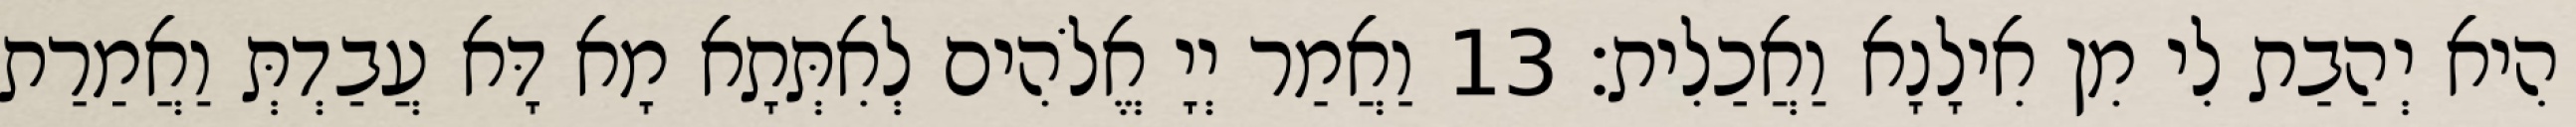
הִיא יְהַבַת לִי מִן אִילָנָא וַאֲכַלִית׃ 13 וַאֲמַר יְיָ אֱלֹהִים לְאִתְּתָא מָא דָּא עֲבַדְתְּ וַאֲמַרַת